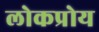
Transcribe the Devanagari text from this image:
लोकप्रोय